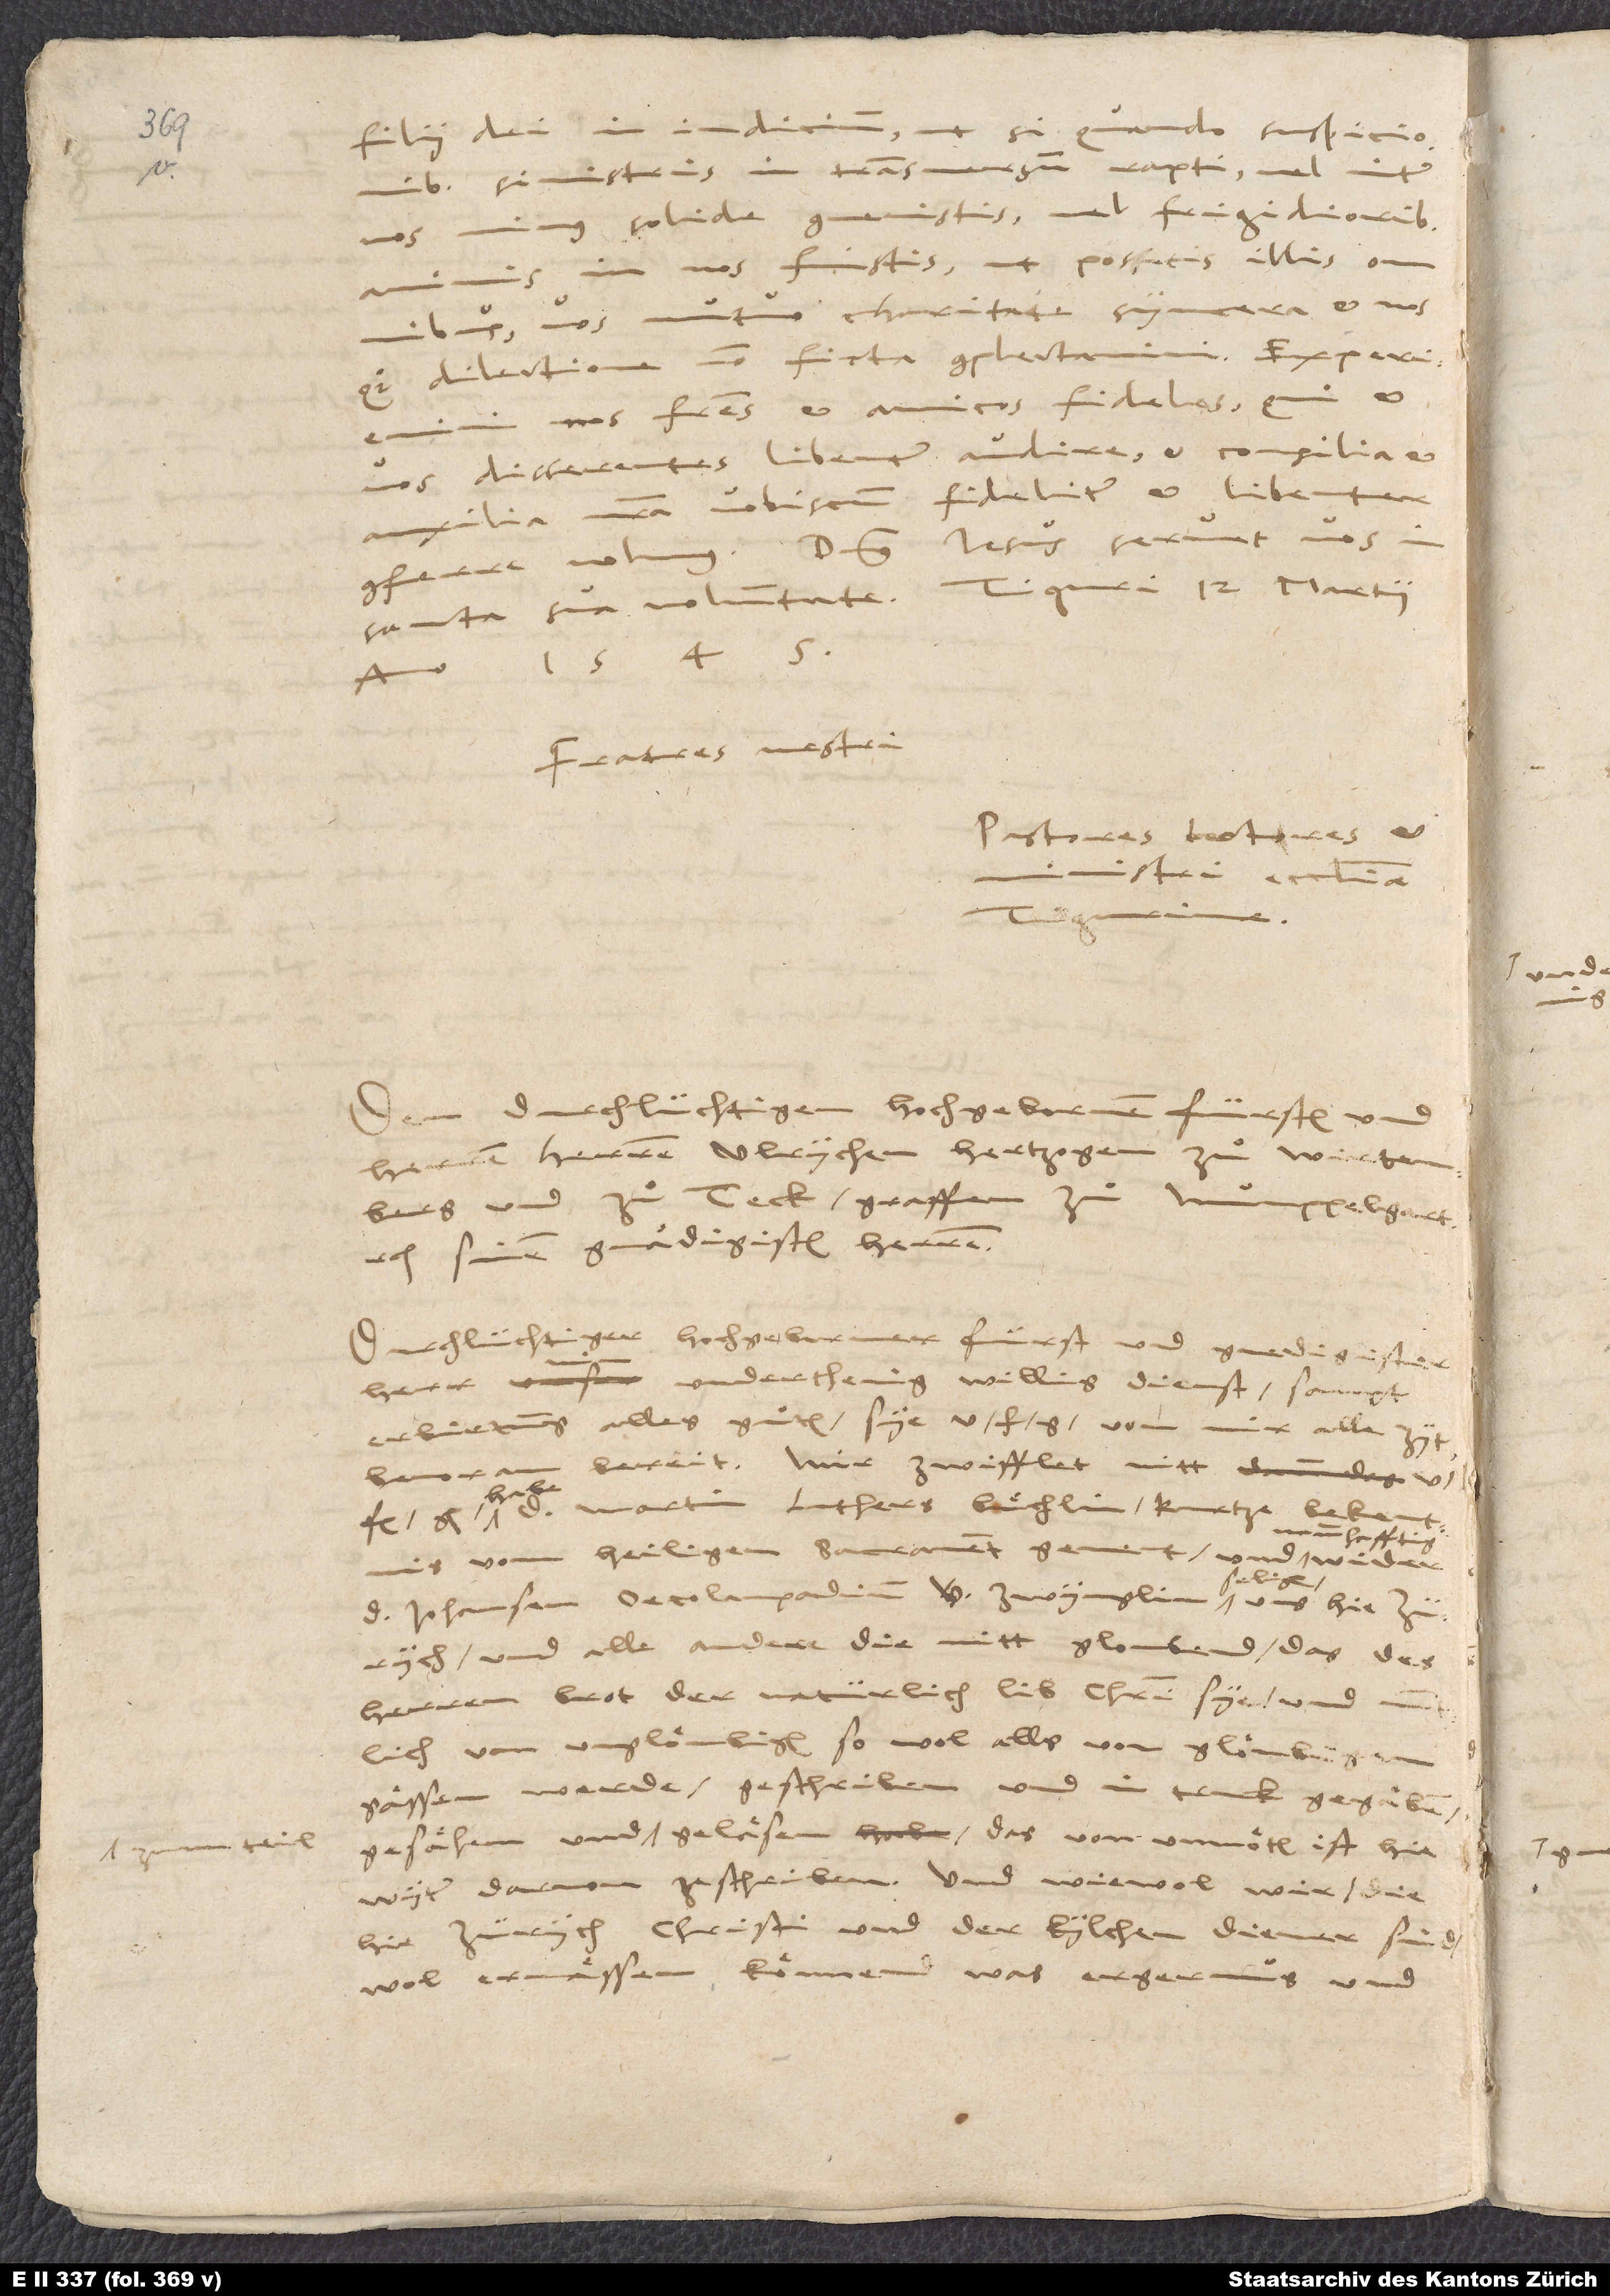
15.

anno 1545.
Dem durchlüchtigen, hochgebornen fürsten unnd
herren, herren Ulrychen, hertzogen zuͦ Wirtenberg
unnd zuͦ Teck, graffen zuͦ Mümppelgart,
sinem gnedigesten herren.
Durlüchtiger, hochgeborner fürst unnd gnedigister
herr, min unnderthenig, willig dienst sampt
erbietung alles guͦten sye u von mir alle zyt
habe
Martin Luthers buͤchlin, „Kurtze bekentnis
namhafftig
vom heyligen sacrament“ genent - unnd
hie Zürich Christo unnd der kilchen dienend,